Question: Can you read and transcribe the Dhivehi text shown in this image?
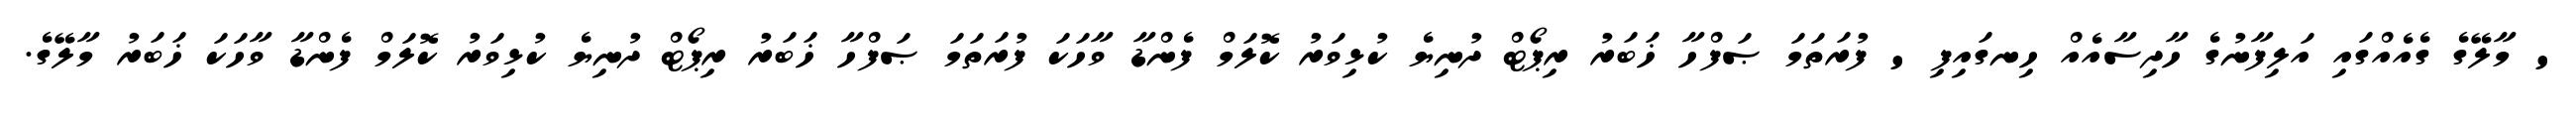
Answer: ' މާލޭގެ ގެއެއްގައި އަލިފާނުގެ ހާދިސާއެއް ހިނގައިފި ' ފުރަތަމަ ޞަފްހާ ޚަބަރު ރިޕޯޓް ދުނިޔެ ކުޅިވަރު ކޮލަމް ފެންޑާ ވާހަކަ ފުރަތަމަ ޞަފްހާ ޚަބަރު ރިޕޯޓް ދުނިޔެ ކުޅިވަރު ކޮލަމް ފެންޑާ ވާހަކަ ޚަބަރު މާލޭގެ.